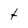
Character: t